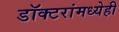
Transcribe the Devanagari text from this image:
डॉक्टरांमध्येही